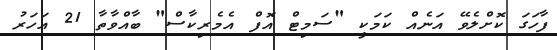
ފާހަގަ ކޮށްލެވޭ އަނެއް ކަމަކީ "ސަމިޓް އޮފް އެމެރިކާސް" ބާއްވާތާ 21 އަހަރު